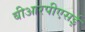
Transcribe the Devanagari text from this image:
बीआरपीएसई